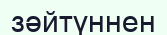
зәйтүннен